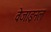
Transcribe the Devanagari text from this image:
वेजाइनल